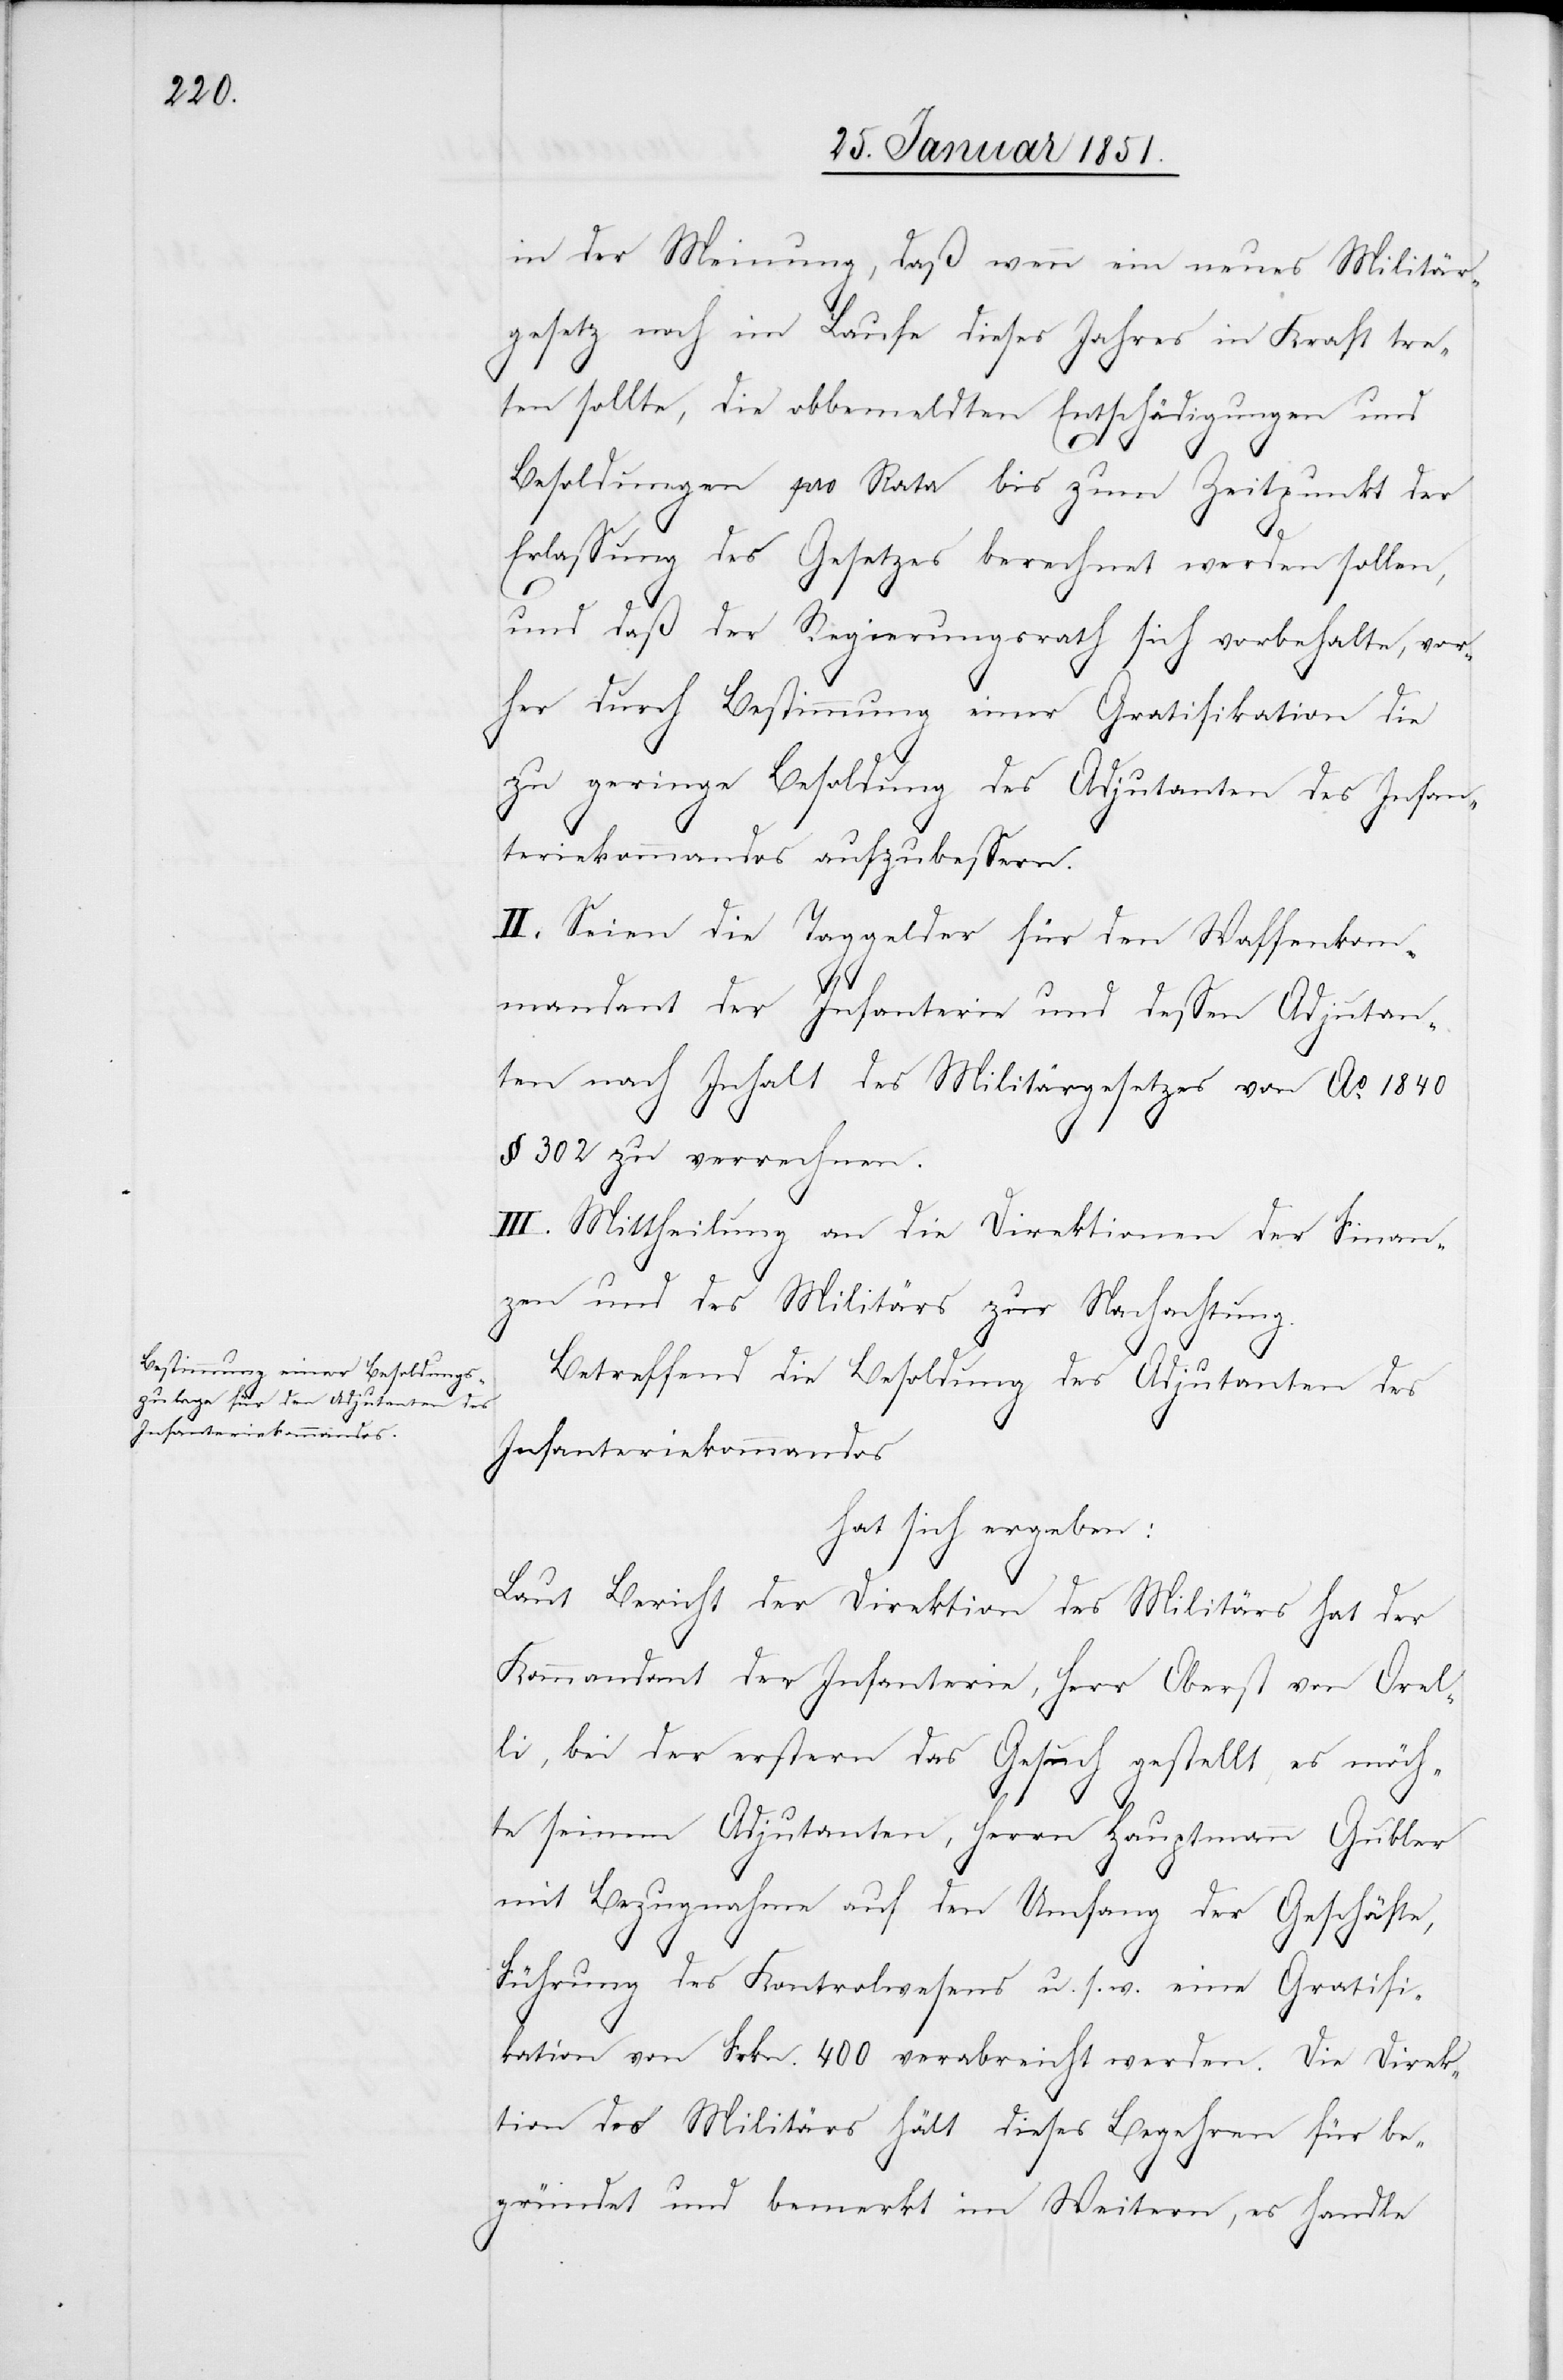
in der Meinung, daß wenn ein neues Militär¬
gesetz noch im Laufe dieses Jahres in Kraft tre¬
ten sollte, die obbemeldten Entschädigungen und
Besoldungen pro Rata bis zum Zeitpunkt der
Erlassung des Gesetzes berechnet werden sollen,
und daß der Regierungsrath sich vorbehalte, vor¬
her durch Bestimmung einer Gratifikation die
zu geringe Besoldung des Adjutanten des Infan¬
teriekommandos aufzubessern.
II. Seien die Taggelder für den Waffenkom¬
mandant der Infanterie und dessen Adjutan¬
ten nach Inhalt des Militärgesetzes von Ao. 1840
§ 302 zu verrechnen.
III. Mittheilung an die Direktionen der Finan¬
zen und des Militärs zur Nachachtung.
Betreffend die Besoldung des Adjutanten des
Infanteriekommandos
hat sich ergeben:
Laut Bericht der Direktion des Militärs hat der
Kommandant der Infanterie, Herr Oberst von Orel¬
li, bei der erstern das Gesuch gestellt, es möch¬
te seinem Adjutanten, Herrn Hauptmann Gubler
mit Bezugnahme auf den Umfang der Geschäfte,
Führung des Kontrolwesens u. s. w. eine Gratifi¬
kation von Frkn. 400 verabreicht werden. Die Direk¬
tion des Militärs hält dieses Begehren für be¬
gründet und bemerkt im Weitern, es handle